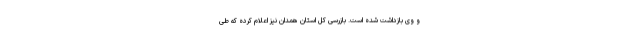
و وی بازداشت شده است. بازرسی کل استان همدان نیز اعلام کرده که طی